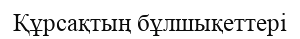
Құрсақтың бұлшықеттері